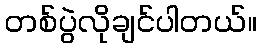
တစ်ပွဲလိုချင်ပါတယ်။